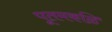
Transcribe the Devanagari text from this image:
पूतमकळि